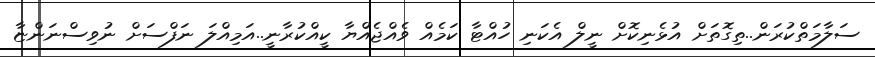
ސަލާމަތްކުރަން..ތިގޮތަށް އުޅެނިކޮށް ނީލް އެކަނި ހުއްޓާ ކަމެއް ވެއްޖެއްޔާ ކީއްކުރާނީ..އަމިއްލަ ނަފްސަށް ނުވިސްނަންޏާ